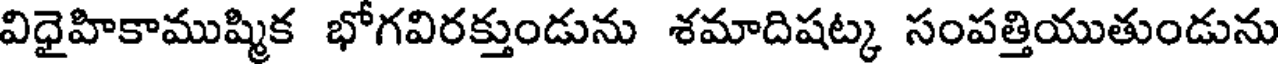
విధైహికాముష్మిక భోగవిరక్తుండును శమాదిషట్క సంపత్తియుతుండును